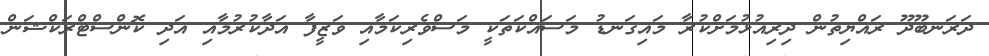
ދަރަނބޫދޫ ރައްޔިތުން ދިރިއުޅުމަށްކުރާ މައިގަނޑު މަސައްކަތަކީ މަސްވެރިކަމާއި ވަޒީފާ އަދާކުރުމާއި އަދި ކޮންސްޓްރަކްޝަން